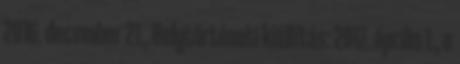
2016. december 21., Helytörténeti kiállítás: 2017. április 1., a